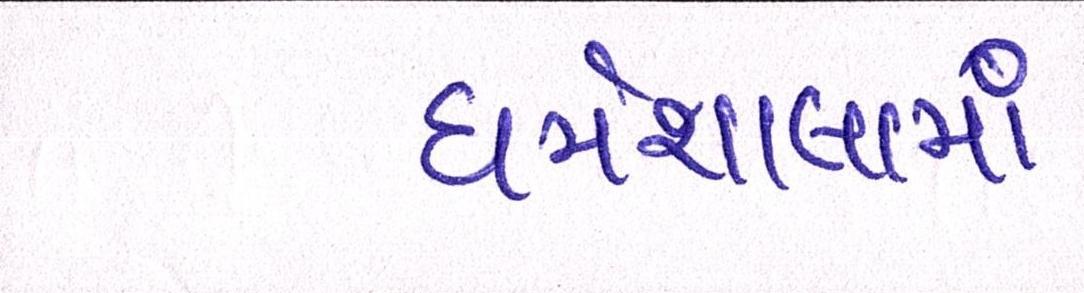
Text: ધર્મશાલામાં